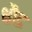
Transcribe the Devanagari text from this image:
क्षौद्र